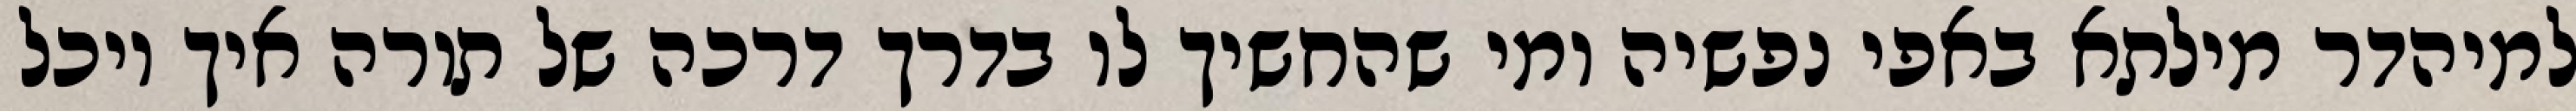
למיהדר מילתא באפי נפשיה ומי שהחשיך לו בדרך דרכה של תורה איך יוכל